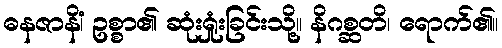
ဓနဇာနိံ၊ ဥစ္စာ၏ ဆုံးရှုံးခြင်းသို့။ နိဂစ္ဆတိ၊ ရောက်၏။